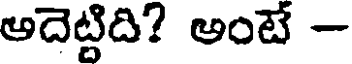
అదెట్టిది? అంటే -